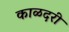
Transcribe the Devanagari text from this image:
काळदरी